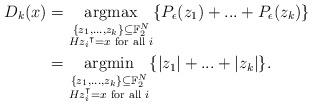
LaTeX: \begin{align*}D_k(x)&=\mathop{\textnormal{argmax}}_{\substack{\{z_1,...,z_k\}\subseteq \mathbb{F}_2^N\\{Hz_i}^\intercal=x \textnormal{ for all }i}}\{P_\epsilon(z_1)+...+P_\epsilon(z_k)\} \\ &=\mathop{\textnormal{argmin}}_{\substack{\{z_1,...,z_k\}\subseteq \mathbb{F}_2^N\\Hz_i^\intercal=x \textnormal{ for all }i}}\{|z_1|+...+|z_k|\}.\end{align*}